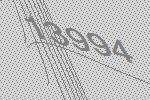
13994